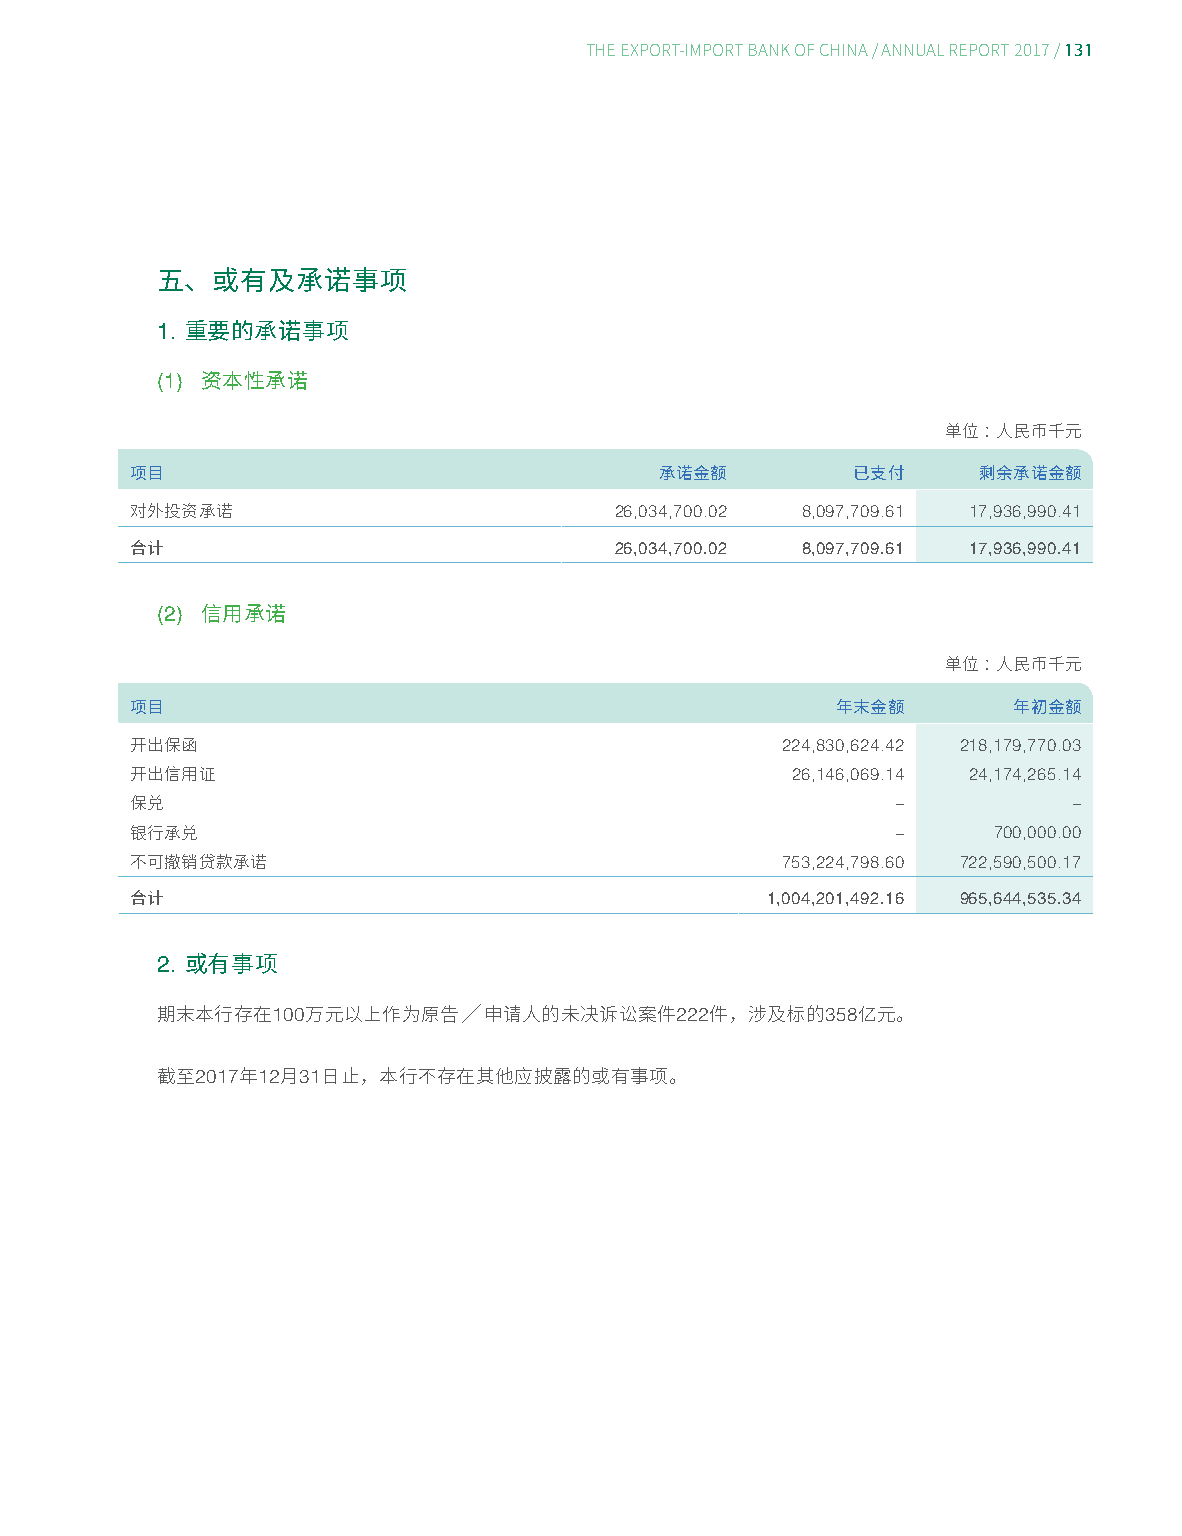
131
 THE EXPORT-IMPORT BANK OF CHINA/ ANNUAL REPORT 2017/
 五、或有及承诺事项
 1.
 重要的承诺事项
 (1)
 资本性承诺
 单位：人民币千元
 项目                                 承诺金额        已支付      剩余承诺金额
 26,034,700.02 8,097,709.61 17,936,990.41
 对外投资承诺
 26,034,700.02 8,097,709.61 17,936,990.41
 合计
 (2)
 信用承诺
 单位：人民币千元
 项目                                            年末金额        年初金额
 224,830,624.42 218,179,770.03
 开出保函
 26,146,069.14 24,174,265.14
 开出信用证
 –           –
 保兑
 –      700,000.00
 银行承兑
 753,224,798.60 722,590,500.17
 不可撤销贷款承诺
 1,004,201,492.16 965,644,535.34
 合计
 2.
 或有事项
 100                        222      358
 期末本行存在    万元以上作为原告╱申请人的未决诉讼案件        件，涉及标的    亿元。
 2017 12 31
 截至    年  月 日止，本行不存在其他应披露的或有事项。